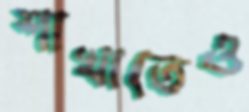
শাখাতেও